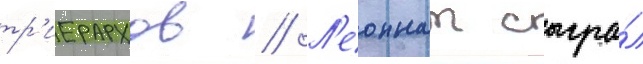
тр'иерархов // Л'еоннат сыгра́л